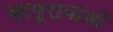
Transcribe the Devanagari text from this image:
बापूरावांशी